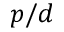
p / d